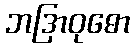
ဘဒြာဝုဓော